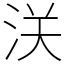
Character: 浂